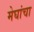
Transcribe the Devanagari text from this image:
मेघांचा